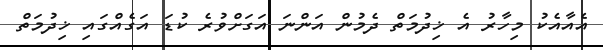
އެއާއެކު މިހާރު އެ ޚިދުމަތް ދެމުން އަންނަ އަގަށްވުރެ ކުޑަ އަގެއްގައި ޚިދުމަތް